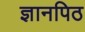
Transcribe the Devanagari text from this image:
ज्ञानपिठ